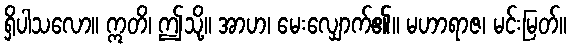
ရှိပါသလော။ ဣတိ၊ ဤသို့။ အာဟ၊ မေးလျှောက်၏။ မဟာရာဇ၊ မင်းမြတ်။